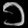
Digit: ၁